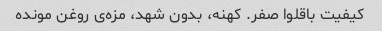
کیفیت باقلوا صفر. کهنه، بدون شهد، مزه‌ی روغن مونده